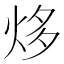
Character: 㶴